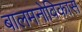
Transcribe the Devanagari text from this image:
बालमनोविकास